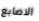
الاصابع